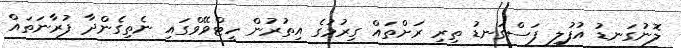
ލޮނުގަނޑު އުފުލި ފަސްގަނޑު ތިރި ރަށްތައް ގިރުމުގެ އިތުރުން ހީޓްވޭވްގައި ނެތިގެންދާ ފުރާނަތައް